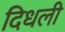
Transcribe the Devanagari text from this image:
दिधली